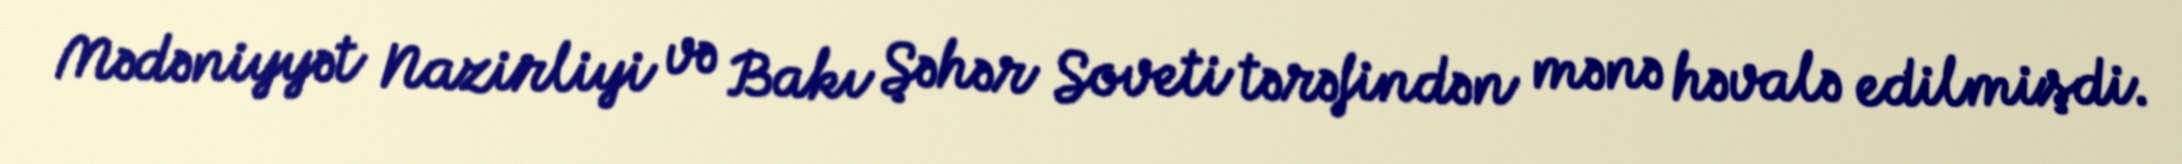
Mədəniyyət Nazirliyi və Bakı Şəhər Soveti tərəfindən mənə həvalə edilmişdi.